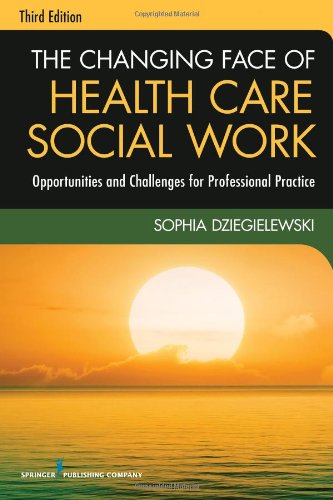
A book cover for The Changing Face of Health Care Social Work, Third Edition: Opportunities and Challenges for Professional Practice; Sophia Dziegielewski PhD  LCSW; Medical Books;